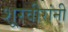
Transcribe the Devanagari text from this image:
शूरवीरांनी